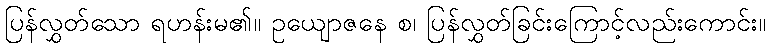
ပြန်လွှတ်သော ရဟန်းမ၏။ ဥယျောဇနေ စ၊ ပြန်လွှတ်ခြင်းကြောင့်လည်းကောင်း။